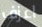
اعزف